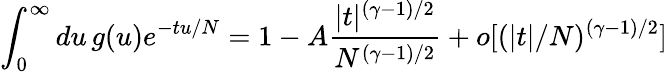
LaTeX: \int_{0}^{\infty}du\, g(u)e^{-tu/N}=1-A\frac{|t|^{(\gamma-1)/2}}{N^{(\gamma-1)/2}}+o[(|t|/N)^{(\gamma-1)/2}]